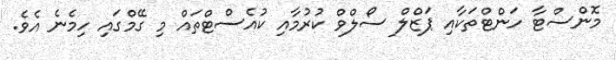
މޮންސްޓާ ހަންޓްތަކާއި ޕަޒްލް ސޯލްވް ކުރުމާއި ކުއެސްޓްތައް މި ގޭމްގައި ހިމެނެ އެވެ.